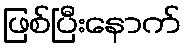
ဖြစ်ပြီးနောက်